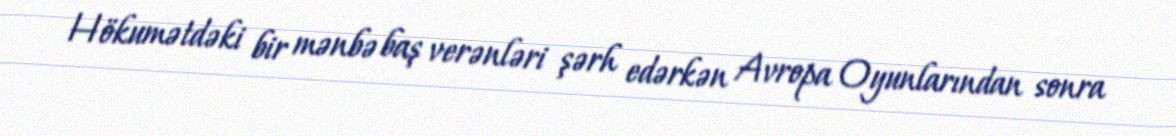
Hökumətdəki bir mənbə baş verənləri şərh edərkən Avropa Oyunlarından sonra